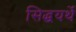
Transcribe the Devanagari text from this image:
सिद्धयर्थे